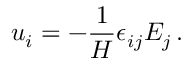
u _ { i } = - \frac { 1 } { H } \epsilon _ { i j } E _ { j } \, .